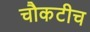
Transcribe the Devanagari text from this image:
चौकटीच